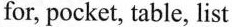
for, pocket, table, list